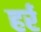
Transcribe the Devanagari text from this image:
हर्र